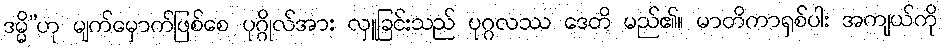
ဒမ္မိ”ဟု မျက်မှောက်ဖြစ်စေ ပုဂ္ဂိုလ်အား လှူခြင်းသည် ပုဂ္ဂလဿ ဒေတိ မည်၏။ မာတိကာရှစ်ပါး အကျယ်ကို